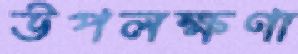
উপলক্ষণা